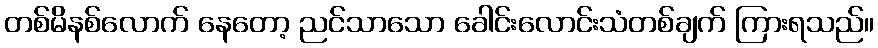
တစ်မိနစ်လောက် နေတော့ ညင်သာသော ခေါင်းလောင်းသံတစ်ချက် ကြားရသည်။